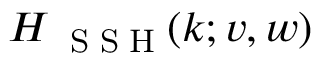
H _ { \mathrm { ~ \tiny ~ S ~ S ~ H ~ } } ( k ; v , w )